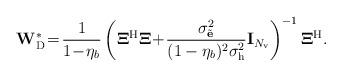
LaTeX: \begin{align*}\mathbf{W}_{\rm D}^{*}\!=\!\frac{1}{1\!-\!\eta_b}\left(\mathbf{\Xi}^{\rm H}\mathbf{\Xi}\!+\!\frac{\sigma^2_{\tilde{\mathbf{e}}}}{(1-\eta_b)^2\sigma^2_{\rm h}}\mathbf{I}_{N_{\rm v}}\right)^{-1}\mathbf{\Xi}^{\rm H}.\end{align*}